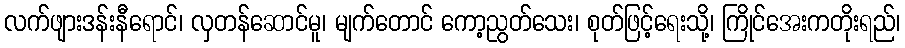
လက်ဖျားဒန်းနီရောင်၊ လှတန်ဆောင်မူ၊ မျက်တောင် ကော့ညွတ်သေး၊ စုတ်ဖြင့်ရေးသို့၊ ကြိုင်အေးကတိုးရည်၊